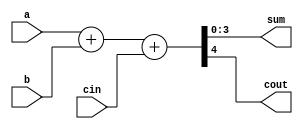
// Name: Utkarsha Dongarjal
// Project Name: 4-bit Full adder using Verilog HDL

`timescale 1ns / 1ps


module fulladd(a, b, cin, sum, cout);
    input [3:0] a, b;
    input cin;
    output reg [3:0] sum;
    output reg cout;
    always @ (a or b or cin)
    begin
    {cout, sum} = a + b + cin;
    end
endmodule 

module tb_fulladd;
    reg [3:0] a;
    reg [3:0] b;
    reg cin;
    
    wire [3:0] sum;
    wire cout;
    
    fulladd uut (
        .a(a),
        .b(b),
        .cin(cin),
        .sum(sum),
        .cout(cout)
    );
    
    initial begin
        a = 0;
        b = 0;
        cin = 0;

        #100;
        
        a = 2;
        b = 3;
        cin = 1;

        #100;

        a = 6;
        b = 2;
        cin = 0;

        #100;

        a = 7;
        b = 3;
        cin = 1;
        #100;

        a = 6;
        b = 6;
        cin = 0;
        #100;

        a = 6;
        b = 6;
        cin = 1;
        #100;

        $finish;
    end
endmodule